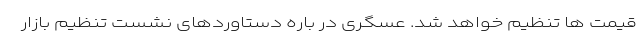
قیمت ها تنظیم خواهد شد. عسگری در باره دستاوردهای نشست تنظیم بازار